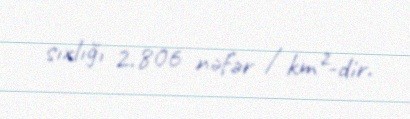
sıxlığı 2.806 nəfər / km²-dir.